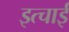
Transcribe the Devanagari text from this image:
इत्चाई